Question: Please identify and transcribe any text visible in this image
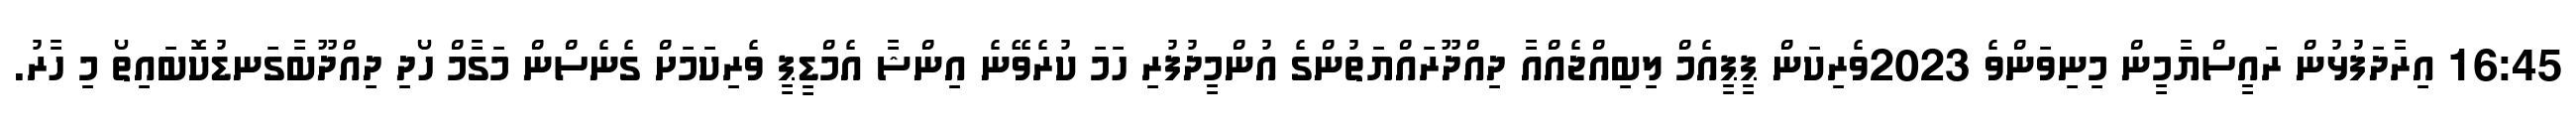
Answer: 16:45 އިރާދަފުޅުން ރައީސްޔާމީން މިނިވަންވެ 2023ވެރިކަން ޕީޕީއެމް ލިބިއްޖެއްއާ ދިއްދޫރައްޔަތުންގެ އުންމީދުފުރި ހަމަ ކުރެވޭނެ އިންޝާ އެމްޑީޕީ ވެރިކަމަށް ގެނެސްން މަގާމް ހޯދި ދިއްދޫބާގަނޑުކޮބައިތޯ މި ހާރު.